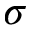
\sigma